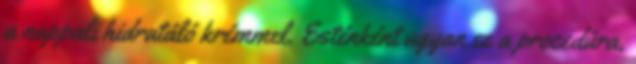
a nappali hidratáló krémmel. Esténként ugyan ez a procedúra,